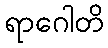
ရာဂေါတိ